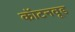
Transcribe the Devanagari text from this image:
कॉटनवूड